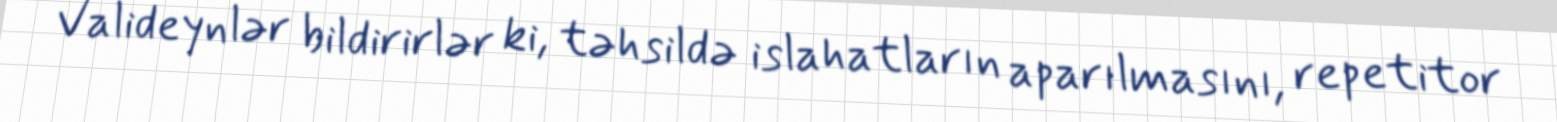
Valideynlər bildirirlər ki, təhsildə islahatların aparılmasını, repetitor